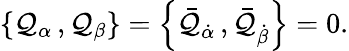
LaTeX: \left\{ \mathcal{Q}_{\alpha}\, ,\mathcal{Q}_{\beta}\right\} =\left\{ \bar{{\mathcal{Q}}}_{\dot{{\alpha}}}\, ,\bar{{\mathcal{Q}}}_{\dot{{\beta}}}\right\} =0.